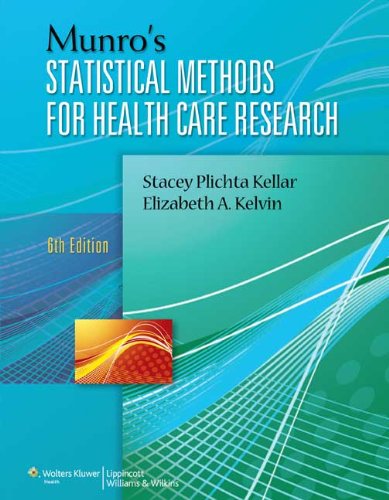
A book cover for Munro's Statistical Methods for Health Care Research; Stacey Plichta Kellar ScD  CPH; Medical Books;